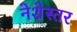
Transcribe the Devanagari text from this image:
नेशेस्तर